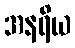
အနရိယ